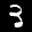
Label: 3